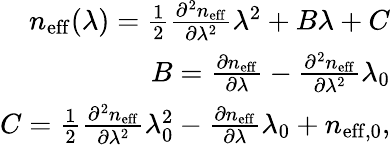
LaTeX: \begin{array}{r}{n_{\mathrm{eff}}(\lambda)=\frac{1}{2}\frac{\partial^{2}n_{\mathrm{eff}}}{\partial\lambda^{2}}\lambda^{2}+B\lambda+C}\\ {B=\frac{\partial n_{\mathrm{eff}}}{\partial\lambda}-\frac{\partial^{2}n_{\mathrm{eff}}}{\partial\lambda^{2}}\lambda_{0}}\\ {C=\frac{1}{2}\frac{\partial^{2}n_{\mathrm{eff}}}{\partial\lambda^{2}}\lambda_{0}^{2}-\frac{\partial n_{\mathrm{eff}}}{\partial\lambda}\lambda_{0}+n_{\mathrm{eff,0}},}\end{array}